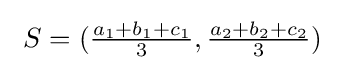
\ S=({\tfrac {a_{1}+b_{1}+c_{1}}{3}},{\tfrac {a_{2}+b_{2}+c_{2}}{3}})\